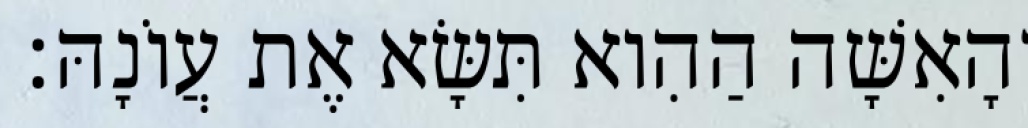
וְהָאִשָּׁה הַהִוא תִּשָּׂא אֶת עֲוֹנָהּ׃